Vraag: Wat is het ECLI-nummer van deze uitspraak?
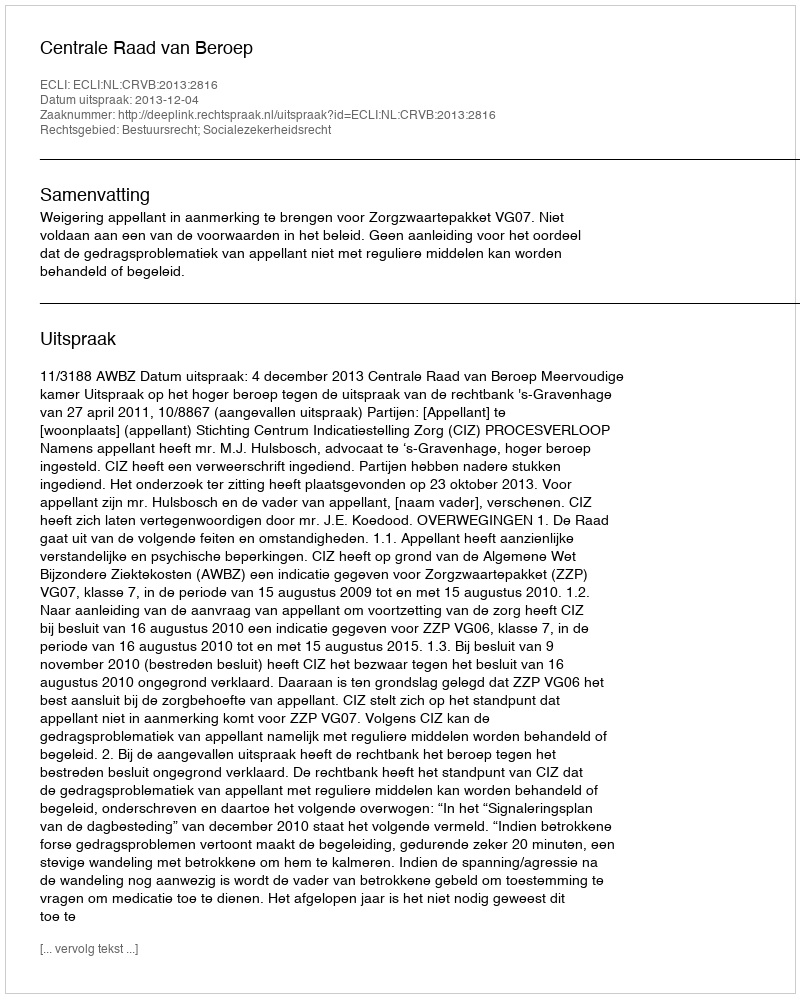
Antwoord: ECLI:NL:CRVB:2013:2816